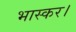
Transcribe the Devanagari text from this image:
भास्कर।